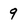
Character: 9